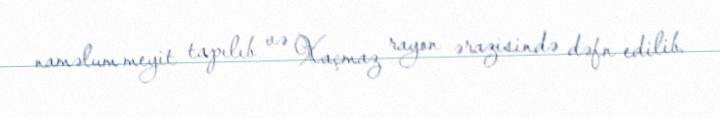
naməlum meyit tapılıb və Xaçmaz rayon ərazisində dəfn edilib.